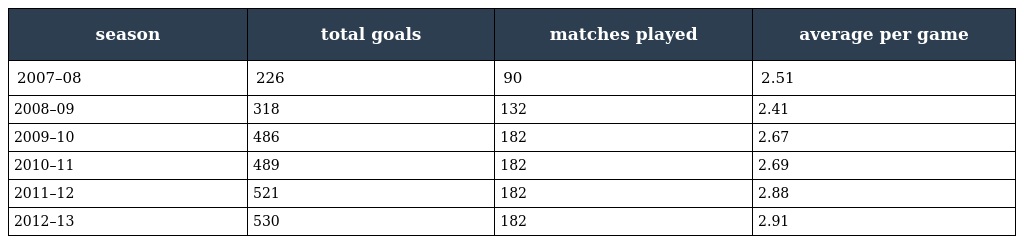
| season | total goals | matches played | average per game |
 | --- | --- | --- | --- |
 | 2007–08 | 226 | 90 | 2.51 |
 | 2008–09 | 318 | 132 | 2.41 |
 | 2009–10 | 486 | 182 | 2.67 |
 | 2010–11 | 489 | 182 | 2.69 |
 | 2011–12 | 521 | 182 | 2.88 |
 | 2012–13 | 530 | 182 | 2.91 |